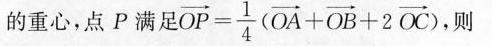
的重心，点P满足OF $$\overrightarrow { P } = \frac { 1 } { 4 } ( \overrightarrow { O A } + \overrightarrow { O B } + 2 \overrightarrow { O C } )$$ 则